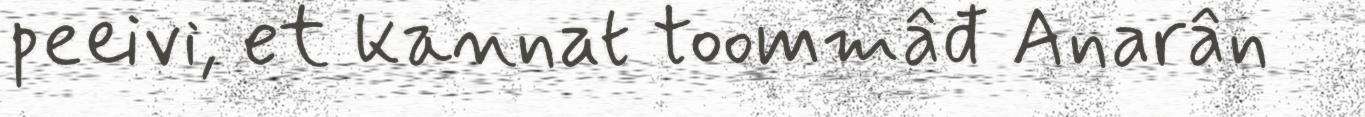
peeivi, et kannat toommâđ Anarân